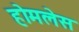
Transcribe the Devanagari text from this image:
होमलेस